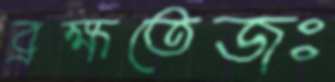
ব্রহ্মতেজঃ